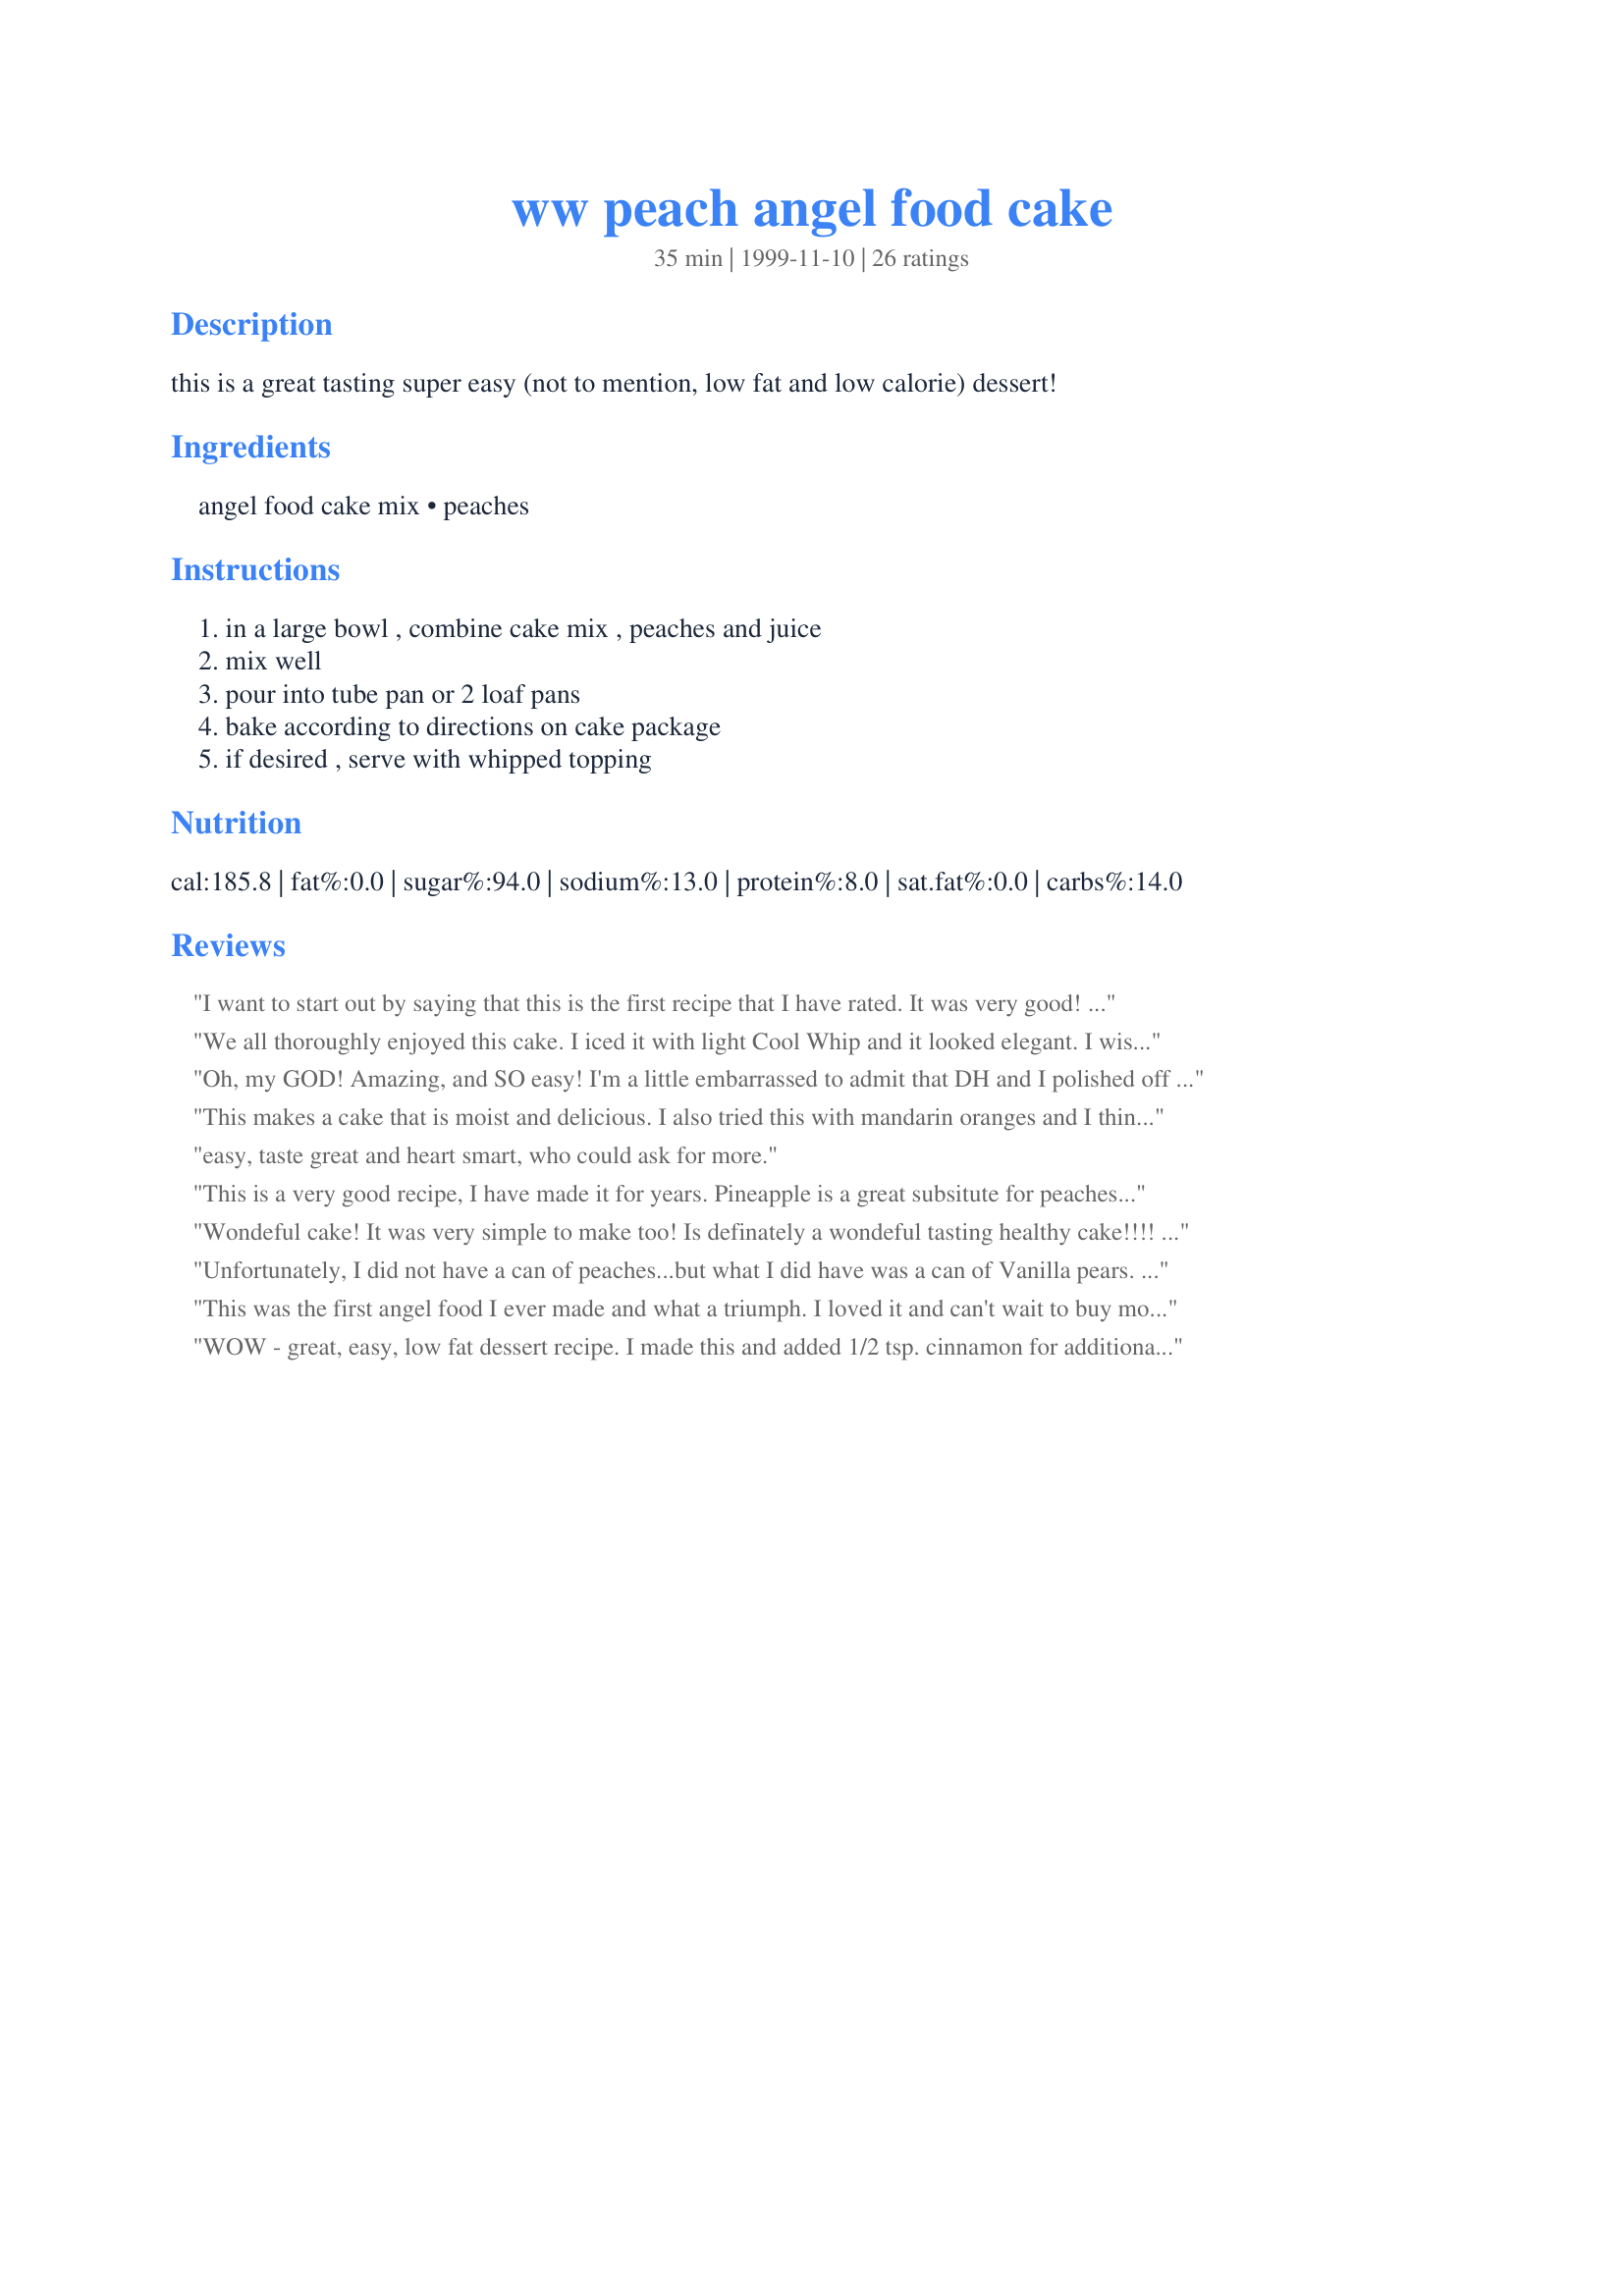
ww peach angel food cake
Preparation time: 35 minutes

this is a great tasting super easy (not to mention, low fat and low calorie) dessert!

Ingredients:
angel food cake mix, peaches

Steps:
in a large bowl , combine cake mix , peaches and juice, mix well, pour into tube pan or 2 loaf pans, bake according to directions on cake package, if desired , serve with whipped topping

Reviews:
I want to start out by saying that this is the first recipe that I have rated. It was very good! I have recipe on here posted almost exactly like this but it has pineapple rather than peaches but peaches are also wonderful! Very moist and light. Love it. I will definitly make this again. Thank you very much for posting it.
We all thoroughly enjoyed this cake. I iced it with light Cool Whip and it looked elegant. I wish it had had a more distinctive peach flavour. I will try it next time with pineapple. Thanks for submitting this recipe.
Oh, my GOD! Amazing, and SO easy! I'm a little embarrassed to admit that DH and I polished off almost half of this after dinner last night. It was great with some light cool whip and peach sauce. Wonderful recipe!
This makes a cake that is moist and delicious.
I also tried this with mandarin oranges
and I think it's even better than with the peaches.
easy, taste great and heart smart, who could ask for more.
This is a very good recipe, I have made it for years. Pineapple is a great subsitute for peaches too.
Wondeful cake! It was very simple to make too! Is definately a wondeful tasting healthy cake!!!! Took it to work lastnight and it was a hit! Thanks for posting!
Unfortunately, I did not have a can of peaches...but what I did have was a can of Vanilla pears. DELICIOUS! Can't wait to try it with peaches also. I am thinking about a little cinnamon with the peaches too. Just a delightful cake to make! Thanks for the recipe :)
This was the first angel food I ever made and what a triumph. I loved it and can't wait to buy more mix to make more. Incredible.
WOW - great, easy, low fat dessert recipe. I made this and added 1/2 tsp. cinnamon for additional flavor. I brought it to a baby shower and it got great reviews. Thanks for the keeper!
I hate to ruin this recipe's great ratings, but my family and I were not crazy about it. First of all, the directions are not really clear about whether you just mix the items together or mix them according to the direction on the angel food cake box. I tried it according to the box... big mistake. It was a sloppy, goopy disaster. So, being as stubborn as I am, I decided to try it again. The second time it was very easy and baked up nicely, but the flavor just didn't impress me. I guess I expected more peach flavor, and it seemed pretty blah. It's a nice, easy recipe, but I don't know that I'd make it again.
This was so quick and easy. Taste was just wonderful. I used recipe 96971 for a sauce to go over it. Couldn't have been any better. Thanks for posting this recipe.
Try it with a can of crushed pineapple. I got the pineapple version of this recipe at weight watchers some time ago. I am going to try it with fresh peaches.
Fabulous! Easy, low in fat and very delicious! I especially love that I can keep the ingredients on hand for those times when I need my "fix". Thanks for sharing!
Took this to a brunch, everybody loved it. Delicious, simple and quick, and low fat also. What's not to love. I'll try to pineapple one next.
Enjoyed the light moistness and fresh taste -I took Jan's suggestion and added the mandarin oranges. Word of caution:If you are not a baker, do not try the tube pan, stick with the loaf pans, and do not underbake or it will collapse! My first time ever making an angel food cake, but it won't be my last. Thankfully, the cool whip I shmeared to frost hid the collapase.
Good cake. Nice and light. I love angel food cake so this is right up my alley.I'm trying to get my canned food used up so I think I will try fruit cocktail next time.
This is a great cake! I served it at a Peach Dessert Party, and everyone who tried it commented on how good it was. I used a pint jar of home-canned peaches, but since it had little juice compared to commercially canned peaches, I also added about 1/3 cup water. Thanks for sharing.
This cake is excellent, super moist, smooth peach flavor, so good, simple to throw together. I made this for cake auction, it sold for $40.00!!!
Thanks so much for a great low calerie dessert.
This is a quick, easy and delicious recipe! I made it in two loaf pans and served with light whipped topping. I am going to try it with a fresh peach sauce when they are in season. I also look forward to trying it with the other types of fruit mentioned.
How easy can a recipe get?! This was super easy and tastes great. I made it in the 2 loaf pans and one is almost gone already. I think that I will make a peach sauce to go with the second one to enhance the flavor. Thanks for posting such a wonderful recipe.
I wanted a lowfat cake for family gathering, I print this recipe years ago decided to give it a try. Extremely easy, I also wasn't sure about using the mixer, but did helped incorporate the peaches. I then followed the recipe as writen. Next I took another can of diced peaches and added red and yellow food coloring to give it a deep peach color, I thickened the sauce with corn starch. I am watching calories so I added Neutra Sweet after the peach sauce had thickened to my taste. I served each slice of peach cake with peach sauce and fatfree Cool Whip. My family thought it was great. I can think of more fruits to use, Mango, apricot, cherry. Thanks Tonkcats for a great recipe
Topped it with fat free whipped cream... MOUTH WATERING !!!
Thanx for a great low fat recipe...
I added 1/2 tsp Almond Extract and some maraschino cherries cut in half to kick up the presentation -- was YUMMY!
My whole family loved this one. Thanks.
